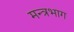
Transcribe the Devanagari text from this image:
मन्त्रभाग